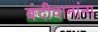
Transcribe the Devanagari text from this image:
बंदीवानांना